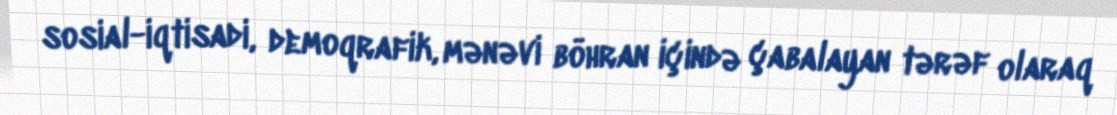
sosial-iqtisadi, demoqrafik, mənəvi böhran içində çabalayan tərəf olaraq